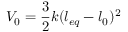
V _ { 0 } = \frac { 3 } { 2 } k ( l _ { e q } - l _ { 0 } ) ^ { 2 }